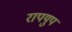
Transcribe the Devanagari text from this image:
रापयुप